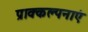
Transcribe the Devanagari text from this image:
प्राक्कल्पनाएं